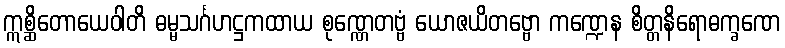
ဣစ္ဆိတောယေဝါတိ ဓမ္မသင်္ဂဟဋ္ဌကထာယ စုဏ္ဏေတဗ္ဗံ ယောဇယိတဗ္ဗော ကဏ္ဍေန စိတ္တနိရောဓက္ခဏေ